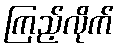
ကြည့်လိုက်